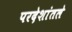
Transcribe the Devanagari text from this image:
परदेशांतले